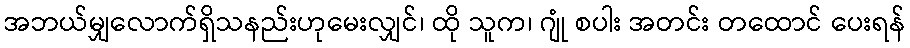
အဘယ်မျှလောက်ရှိသနည်းဟုမေးလျှင်၊ ထို သူက၊ ဂျုံ စပါး အတင်း တထောင် ပေးရန်